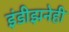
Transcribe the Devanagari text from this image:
इंडीझनेही